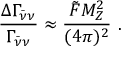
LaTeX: \frac { \Delta \Gamma _ { \bar { \nu } \nu } } { \Gamma _ { \bar { \nu } \nu } } \approx \frac { \tilde { F } M _ { Z } ^ { 2 } } { ( 4 \pi ) ^ { 2 } } ~ .